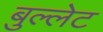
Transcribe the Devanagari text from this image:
बुल्लेट